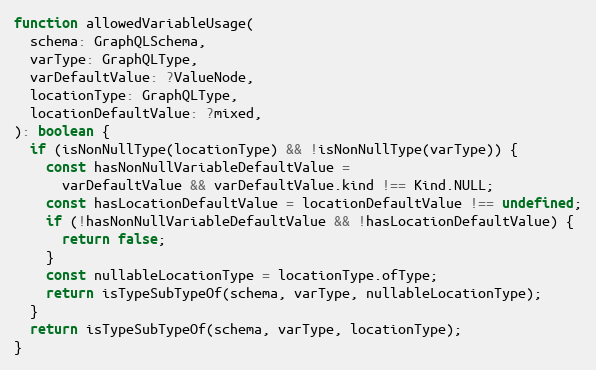
Language: JavaScript
function allowedVariableUsage(
  schema: GraphQLSchema,
  varType: GraphQLType,
  varDefaultValue: ?ValueNode,
  locationType: GraphQLType,
  locationDefaultValue: ?mixed,
): boolean {
  if (isNonNullType(locationType) && !isNonNullType(varType)) {
    const hasNonNullVariableDefaultValue =
      varDefaultValue && varDefaultValue.kind !== Kind.NULL;
    const hasLocationDefaultValue = locationDefaultValue !== undefined;
    if (!hasNonNullVariableDefaultValue && !hasLocationDefaultValue) {
      return false;
    }
    const nullableLocationType = locationType.ofType;
    return isTypeSubTypeOf(schema, varType, nullableLocationType);
  }
  return isTypeSubTypeOf(schema, varType, locationType);
}